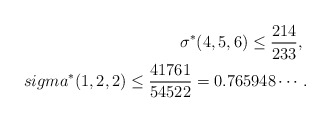
\begin{align*}\sigma^*(4,5,6)\le \frac{214}{233},\ \\sigma^*(1,2,2)\le \frac{41761}{54522}=0.765948\cdots .\end{align*}